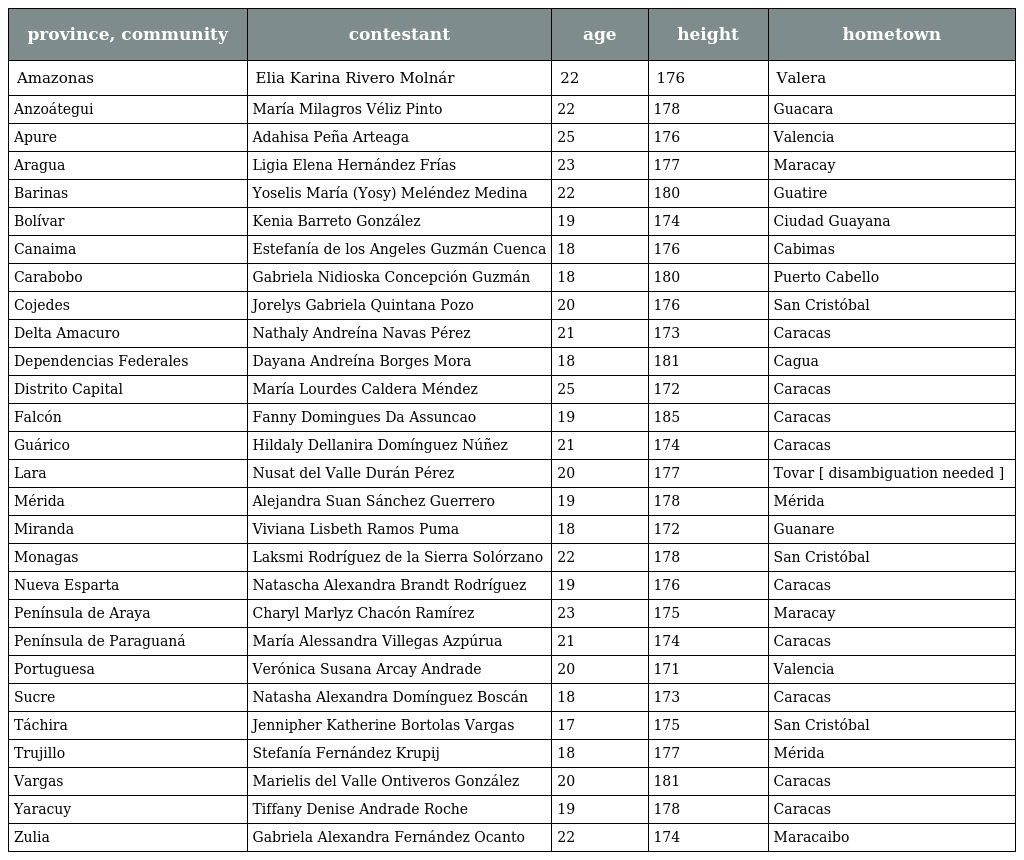
| province, community | contestant | age | height | hometown |
 | --- | --- | --- | --- | --- |
 | Amazonas | Elia Karina Rivero Molnár | 22 | 176 | Valera |
 | Anzoátegui | María Milagros Véliz Pinto | 22 | 178 | Guacara |
 | Apure | Adahisa Peña Arteaga | 25 | 176 | Valencia |
 | Aragua | Ligia Elena Hernández Frías | 23 | 177 | Maracay |
 | Barinas | Yoselis María (Yosy) Meléndez Medina | 22 | 180 | Guatire |
 | Bolívar | Kenia Barreto González | 19 | 174 | Ciudad Guayana |
 | Canaima | Estefanía de los Angeles Guzmán Cuenca | 18 | 176 | Cabimas |
 | Carabobo | Gabriela Nidioska Concepción Guzmán | 18 | 180 | Puerto Cabello |
 | Cojedes | Jorelys Gabriela Quintana Pozo | 20 | 176 | San Cristóbal |
 | Delta Amacuro | Nathaly Andreína Navas Pérez | 21 | 173 | Caracas |
 | Dependencias Federales | Dayana Andreína Borges Mora | 18 | 181 | Cagua |
 | Distrito Capital | María Lourdes Caldera Méndez | 25 | 172 | Caracas |
 | Falcón | Fanny Domingues Da Assuncao | 19 | 185 | Caracas |
 | Guárico | Hildaly Dellanira Domínguez Núñez | 21 | 174 | Caracas |
 | Lara | Nusat del Valle Durán Pérez | 20 | 177 | Tovar [ disambiguation needed ] |
 | Mérida | Alejandra Suan Sánchez Guerrero | 19 | 178 | Mérida |
 | Miranda | Viviana Lisbeth Ramos Puma | 18 | 172 | Guanare |
 | Monagas | Laksmi Rodríguez de la Sierra Solórzano | 22 | 178 | San Cristóbal |
 | Nueva Esparta | Natascha Alexandra Brandt Rodríguez | 19 | 176 | Caracas |
 | Península de Araya | Charyl Marlyz Chacón Ramírez | 23 | 175 | Maracay |
 | Península de Paraguaná | María Alessandra Villegas Azpúrua | 21 | 174 | Caracas |
 | Portuguesa | Verónica Susana Arcay Andrade | 20 | 171 | Valencia |
 | Sucre | Natasha Alexandra Domínguez Boscán | 18 | 173 | Caracas |
 | Táchira | Jennipher Katherine Bortolas Vargas | 17 | 175 | San Cristóbal |
 | Trujillo | Stefanía Fernández Krupij | 18 | 177 | Mérida |
 | Vargas | Marielis del Valle Ontiveros González | 20 | 181 | Caracas |
 | Yaracuy | Tiffany Denise Andrade Roche | 19 | 178 | Caracas |
 | Zulia | Gabriela Alexandra Fernández Ocanto | 22 | 174 | Maracaibo |